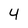
Character: 4